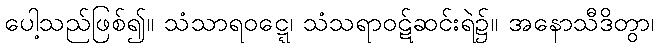
ပေါ့သည်ဖြစ်၍။ သံသာရဝဋ္ဋေ၊ သံသရာဝဋ်ဆင်းရဲ၌။ အနောသီဒိတွာ၊